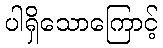
ပါရှိသောကြောင့်